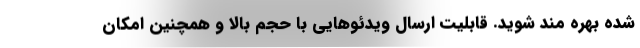
شده بهره مند شوید. قابلیت ارسال ویدئوهایی با حجم بالا و همچنین امکان